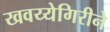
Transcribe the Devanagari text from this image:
खवय्येगिरीने